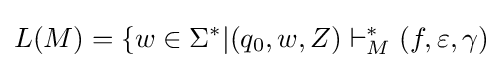
L(M)=\{w\in \Sigma ^{*}|(q_{0},w,Z)\vdash _{M}^{*}(f,\varepsilon ,\gamma )